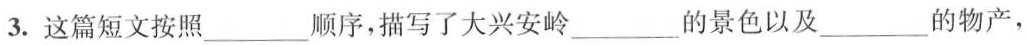
3.这篇短文按照___顺序，描写了大兴安岭___的景色以及___的物产，